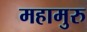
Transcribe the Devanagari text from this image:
महामुरु